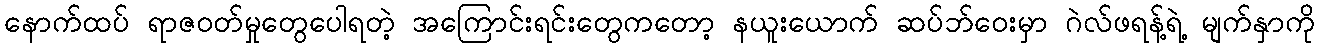
နောက်ထပ် ရာဇဝတ်မှုတွေပေါရတဲ့ အကြောင်းရင်းတွေကတော့ နယူးယောက် ဆပ်ဘ်ဝေးမှာ ဂဲလ်ဖရန့်ရဲ့ မျက်နှာကို